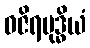
ဝဇိရဗုဒ္ဓိယံ